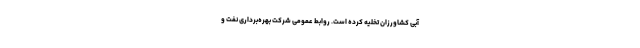
آبی کشاورزان‌ تخلیه کرده‌ است. روابط عمومی شرکت بهره‌برداری نفت و